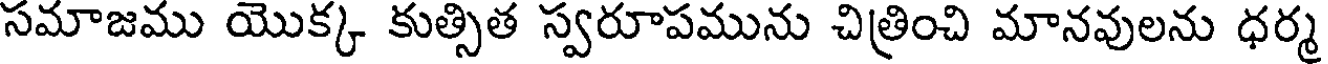
సమాజము యొక్క కుత్సిత స్వరూపమును చిత్రించి మానవులను ధర్మ